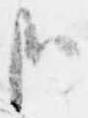
哉